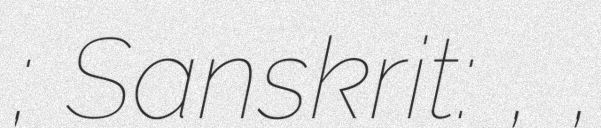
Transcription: ; Sanskrit: ॐ, ओम्,